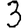
Digit: 3